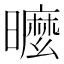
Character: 𣋟